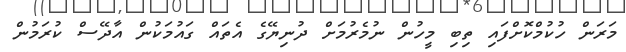
މަރަން ހުކުމްކޮށްފައި ތިބި މީހުން ނުމެރުމަށް ދުނިޔޭގެ އެތައް ގައުމަކުން އާދޭސް ކުރަމުން